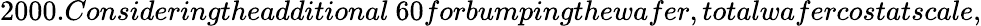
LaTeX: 2000.Consideringtheadditional\ 60forbumpingthewafer,totalwafercostatscale,